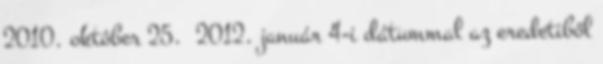
2010. október 25. 2012. január 4-i dátummal az eredetiből